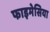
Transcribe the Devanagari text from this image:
फाइमेसिया